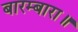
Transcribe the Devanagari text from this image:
बारम्बारा॥